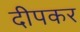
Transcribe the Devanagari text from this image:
दीपकर